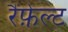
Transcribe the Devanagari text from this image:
रैंफ़ेल्ट